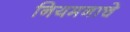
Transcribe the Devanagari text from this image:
नियमनाचे